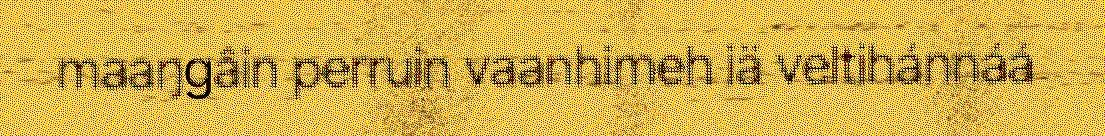
maaŋgâin perruin vaanhimeh iä veltihánnáá